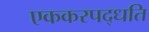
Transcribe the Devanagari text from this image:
एककरपद्धति